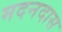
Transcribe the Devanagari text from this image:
मदनदास